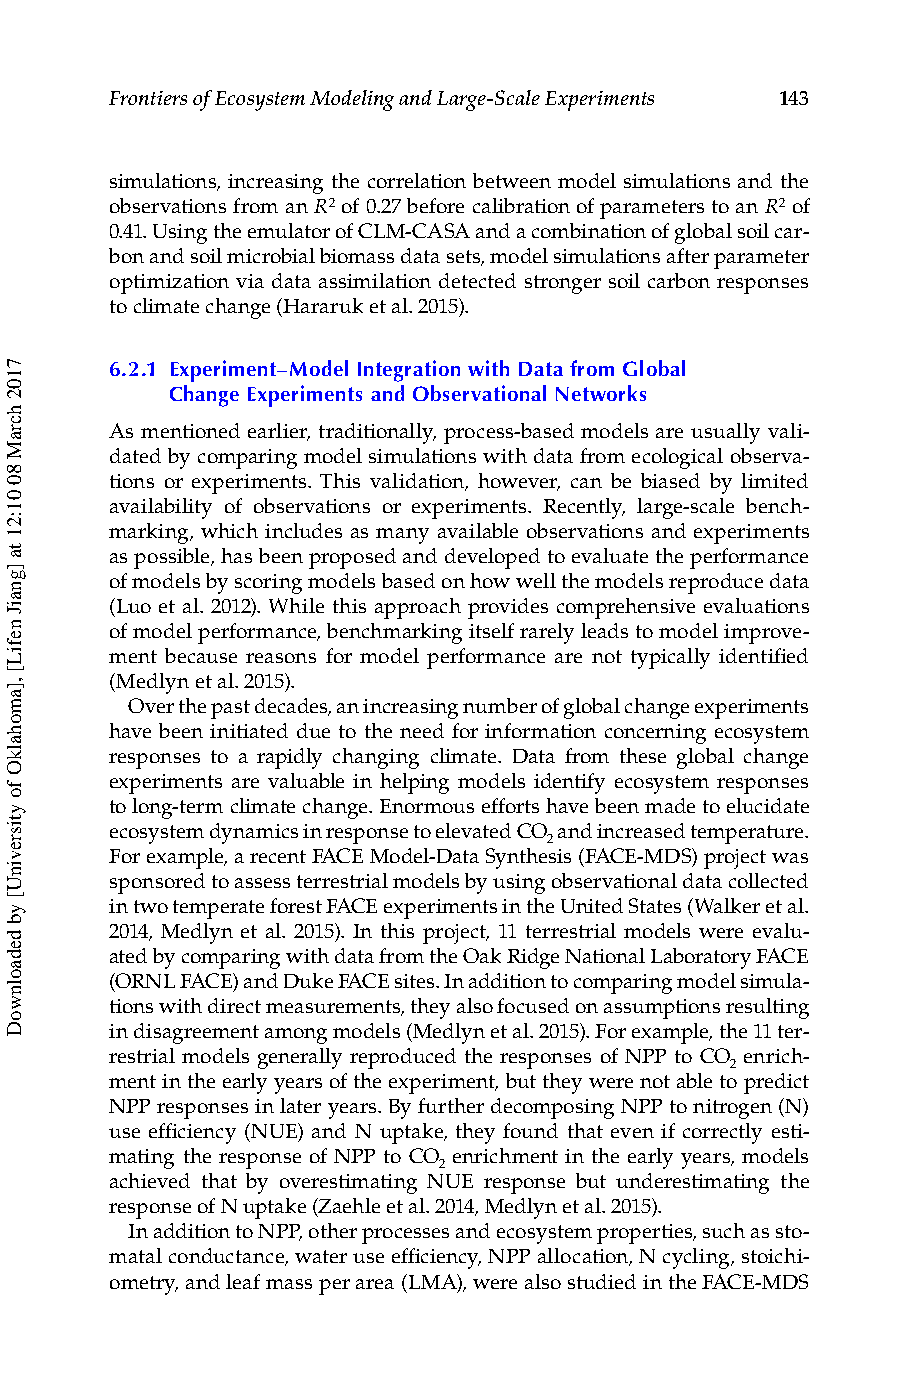
Frontiers of Ecosystem Modeling and Large-Scale Experiments 143
 simulations, increasing the correlation between model simulations and the
 observations from an R2 of 0.27 before calibration of parameters to an R2 of
 0.41. Using the emulator of CLM-CASA and a combination of global soil car-
 bon and soil microbial biomass data sets, model simulations after parameter
 optimization via data assimilation detected stronger soil carbon responses
 to climate change (Hararuk et al. 2015).
 6.2.1 Experiment–Model Integration with Data from Global
 Change Experiments and Observational Networks
 As mentioned earlier, traditionally, process-based models are usually vali-
 dated by comparing model simulations with data from ecological observa-
 tions or experiments. This validation, however, can be biased by limited
 availability of observations or experiments. Recently, large-scale bench-
 marking, which includes as many available observations and experiments
 as possible, has been proposed and developed to evaluate the performance
 of models by scoring models based on how well the models reproduce data
 (Luo et al. 2012). While this approach provides comprehensive evaluations
 of model performance, benchmarking itself rarely leads to model improve-
 ment because reasons for model performance are not typically identified
 (Medlyn et al. 2015).
 Over the past decades, an increasing number of global change experiments
 have been initiated due to the need for information concerning ecosystem
 responses to a rapidly changing climate. Data from these global change
 experiments are valuable in helping models identify ecosystem responses
 to long-term climate change. Enormous efforts have been made to elucidate
 ecosystem dynamics in response to elevated CO and increased temperature.
 2
 For example, a recent FACE Model-Data Synthesis (FACE-MDS) project was
 sponsored to assess terrestrial models by using observational data collected
 in two temperate forest FACE experiments in the United States (Walker et al.
 2014, Medlyn et al. 2015). In this project, 11 terrestrial models were evalu-
 ated by comparing with data from the Oak Ridge National Laboratory FACE
 (ORNL FACE) and Duke FACE sites. In addition to comparing model simula-
 tions with direct measurements, they also focused on assumptions resulting
 in disagreement among models (Medlyn et al. 2015). For example, the 11 ter-
 restrial models generally reproduced the responses of NPP to CO enrich-
 2
 ment in the early years of the experiment, but they were not able to predict
 NPP responses in later years. By further decomposing NPP to nitrogen (N)
 use efficiency (NUE) and N uptake, they found that even if correctly esti-
 mating the response of NPP to CO enrichment in the early years, models
 2
 achieved that by overestimating NUE response but underestimating the
 response of N uptake (Zaehle et al. 2014, Medlyn et al. 2015).
 In addition to NPP, other processes and ecosystem properties, such as sto-
 matal conductance, water use efficiency, NPP allocation, N cycling, stoichi-
 ometry, and leaf mass per area (LMA), were also studied in the FACE-MDS
 7102
 hcraM
 80
 01:21
 ta
 ]gnaiJ
 nefiL[
 ,]amohalkO
 fo
 ytisrevinU[
 yb
 dedaolnwoD